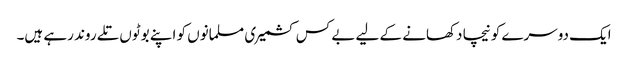
ایک دوسرے کو نیچا دکھانے کے لیے بے کس کشمیری مسلمانوں کو اپنے بوٹوں تلے روند رہے ہیں۔